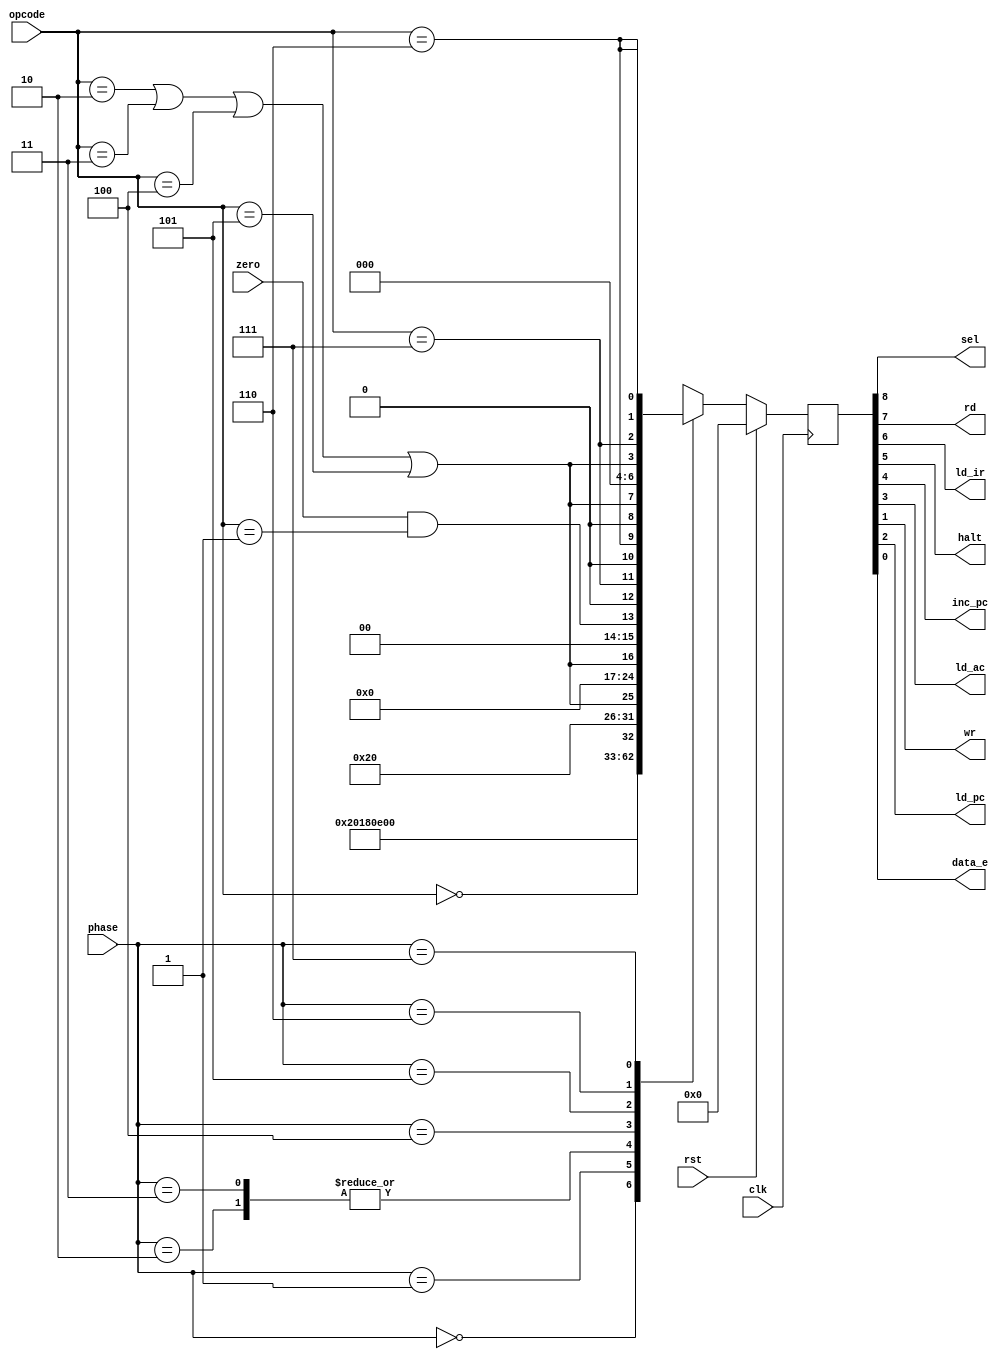
/*
The controller generates all control signals for the VeriRISC CPU. The operation code, fetch-and-
execute phase, and whether the accumulator is zero determine the control signal levels.
*/  
`default_nettype none 
module Controller #(
   parameter  OP_CODE_WIDTH=3,
              PHASE_WIDTH=3
) (
    input  wire                       zero,
    input  wire  [PHASE_WIDTH-1:0]    phase,
    input  wire                       clk,
    input  wire                       rst,
    input  wire  [OP_CODE_WIDTH-1:0]  opcode,
    output wire                       sel,     
    output wire                       rd,        
    output wire                       ld_ir,       
    output wire                       halt,       
    output wire                       inc_pc,  
    output wire                       ld_ac,   
    output wire                       wr,      
    output wire                       ld_pc,     
    output wire                       data_e    
);

localparam  INST_ADDR=3'b000, INST_FETCH=3'b001, INST_LOAD=3'b010 , IDLE =3'b011, OP_ADDR  =3'b100,OP_FETCH=3'b101,ALU_OP  =3'b110,STORE=3'b111;
localparam  HLT=0,SKZ=1,ADD=2, AND=3, XOR=4, LDA=5,STO=6,JMP=7;
reg [8:0]   controller_output ;
wire halt_cond,ALUOP_cond,skz_cond,jmp_cond,STO_cond;

assign {sel,rd,ld_ir,halt,inc_pc,ld_ac,ld_pc,wr,data_e}=controller_output;
assign halt_cond=(opcode==HLT);
assign ALUOP_cond=((opcode==ADD)||(opcode==AND)||(opcode==XOR)||(opcode==LDA));
assign skz_cond=(opcode==SKZ);
assign jmp_cond=(opcode==JMP);
assign STO_cond=(opcode==STO);

always @(posedge clk ) begin
    if (rst) begin
        controller_output<='b0;
    end
    else begin
        case (phase)
            INST_ADDR:controller_output<=9'b1_0000_0000; 
            INST_FETCH:controller_output<=9'b1_1000_0000; 
            INST_LOAD:controller_output<=9'b111000000;
            IDLE:controller_output<=9'b1_1100_0000;
            OP_ADDR:controller_output<={3'b000,halt_cond,5'b1_0000};
            OP_FETCH:controller_output<={1'b0,ALUOP_cond,7'b000_0000};
            ALU_OP:controller_output<={1'b0,ALUOP_cond,2'b00,zero&&skz_cond,1'b0,jmp_cond,1'b0,STO_cond};
            STORE:controller_output<={1'b0,ALUOP_cond,3'b000,ALUOP_cond,jmp_cond,{'d2 {STO_cond}}};
            default:controller_output<=9'b000000000; 
        endcase
    end
end
endmodule